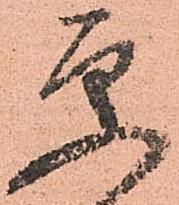
更